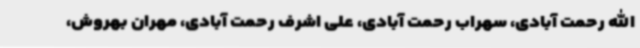
الله رحمت آبادی، سهراب رحمت آبادی، علی اشرف رحمت آبادی، مهران بهروش،